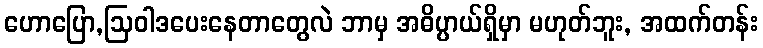
ဟောပြော,ဩဝါဒပေးနေတာတွေလဲ ဘာမှ အဓိပ္ပာယ်ရှိမှာ မဟုတ်ဘူး, အထက်တန်း